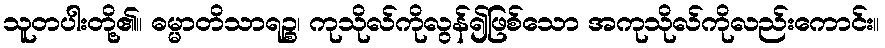
သူတပါးတို့၏။ ဓမ္မာတိသာရဉ္စ၊ ကုသိုလ်ကိုလွန်၍ဖြစ်သော အကုသိုလ်ကိုလည်းကောင်း။